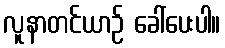
လူနာတင်ယာဉ် ခေါ်ပေးပါ။